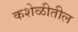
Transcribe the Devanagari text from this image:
कशेळीतील